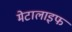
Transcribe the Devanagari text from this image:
मेटालाइफ